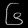
Digit: ၆